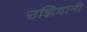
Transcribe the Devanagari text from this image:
उझियानी